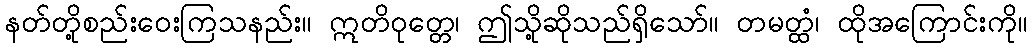
နတ်တို့စည်းဝေးကြသနည်း။ ဣတိဝုတ္တေ၊ ဤသို့ဆိုသည်ရှိသော်။ တမတ္ထံ၊ ထိုအကြောင်းကို။